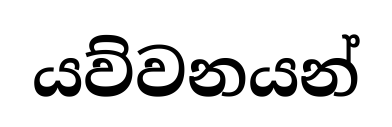
යව්වනයන්